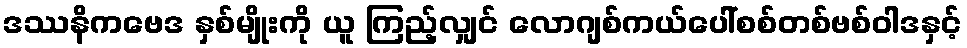
ဒဿနိကဗေဒ နှစ်မျိုးကို ယူ ကြည့်လျှင် လောဂျစ်ကယ်ပေါ်စစ်တစ်ဗစ်ဝါဒနှင့်